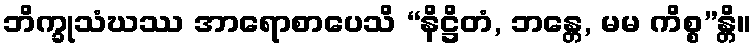
ဘိက္ခုသံဃဿ အာရောစာပေသိ “နိဋ္ဌိတံ, ဘန္တေ, မမ ကိစ္စ”န္တိ။